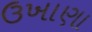
ઉખાણા